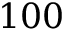
1 0 0